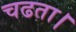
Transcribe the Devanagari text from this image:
चढता।